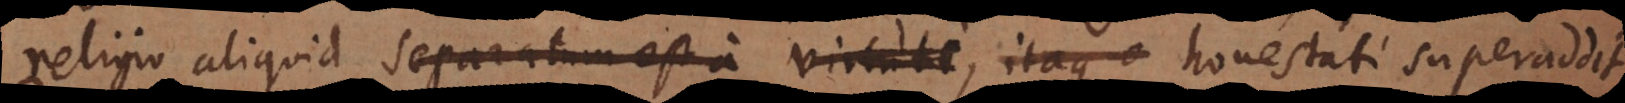
religio aliquid separatum est a virtute, itaque honestati superaddit.